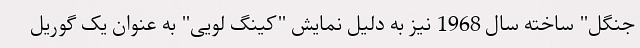
جنگل" ساخته سال 1968 نیز به دلیل نمایش "کینگ لویی" به عنوان یک گوریل